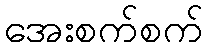
အေးစက်စက်